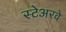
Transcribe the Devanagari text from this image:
स्टेअरवे